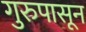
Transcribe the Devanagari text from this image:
गुरुपासून